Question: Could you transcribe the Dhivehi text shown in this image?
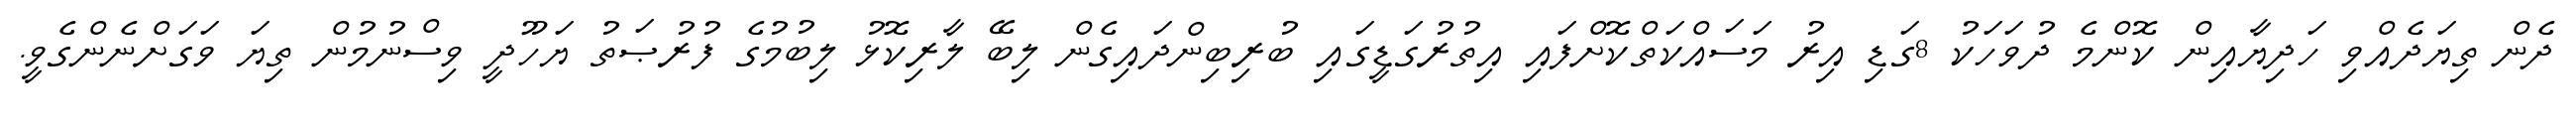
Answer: ދެން ތިޔަދެއްވި ހަދިޔާއިން ކޮންމެ ދުވަހަކު 8ގަޑި އިރު މަސައްކަތްކޮށްފައި އިތުރުގަޑީގައި ބުރިބިންދައިގެން ލިބޭ ލާރިކޮޅު ލިބުމުގެ ފުރުޞަތު ޔަހޫދީ ވިސްނުމުން ތިޔަ ވަގަށްނެންގެވީ.